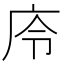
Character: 㡵